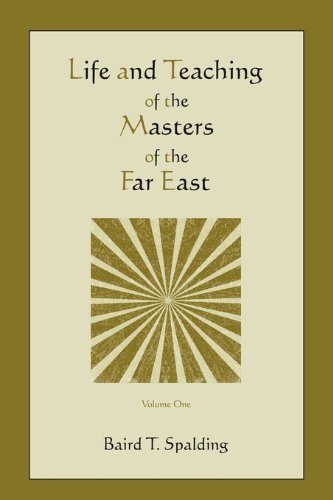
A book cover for Life and Teaching of the Masters of the Far East (Volume One); Baird T. Spalding; Travel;